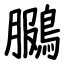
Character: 鵩